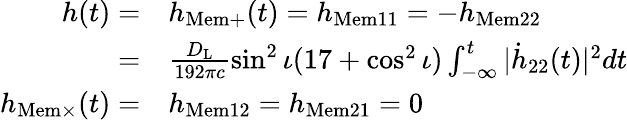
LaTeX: \begin{array}{rl}{h(t)=}&{h_{\mathrm{Mem+}}(t)=h_{\mathrm{Mem}11}=-h_{\mathrm{Mem}22}}\\ {=}&{\frac{D_{\mathrm{{L}}}}{192\pi c}\sin^{2}\iota(17+\cos^{2}\iota)\int_{-\infty}^{t}\vert\dot{h}_{22}(t)\vert^{2}dt}\\ {h_{\mathrm{Mem}\times}(t)=}&{h_{\mathrm{Mem}12}=h_{\mathrm{Mem}21}=0}\end{array}